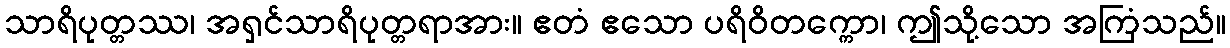
သာရိပုတ္တဿ၊ အရှင်သာရိပုတ္တရာအား။ ဧတံ ဧသော ပရိဝိတက္ကော၊ ဤသို့သော အကြံသည်။